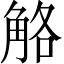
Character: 觡